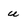
Character: u